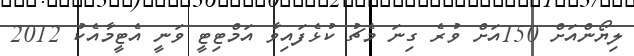
ލިޔޯންއަށް 150އަށް ވުރެ ގިނަ މެޗު ކުޅެފައިވާ އަމްޓިޓީ ވަނީ އެޓީމާއެކު 2012